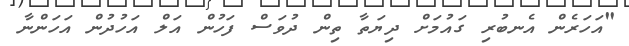
"އަހަރެން އެނބުރި ގައުމަށް ދިޔަތާ ތިން ދުވަސް ފަހުން އަލް އަހުދުން އަހަންނާ